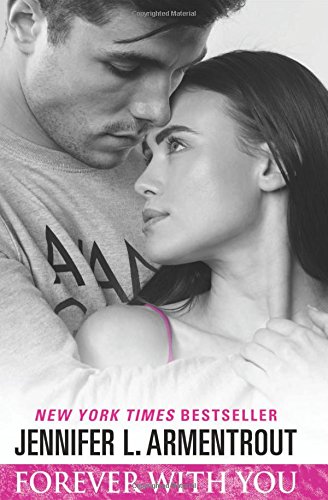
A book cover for Forever with You; Jennifer L. Armentrout; Romance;